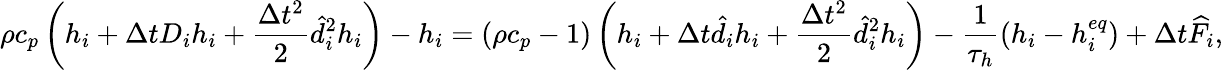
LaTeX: \rho{c_{p}}\left({{h_{i}}+\Delta t{D_{i}}{h_{i}}+\frac{{\Delta{t^{2}}}}{2}\hat{d}_{i}^{2}{h_{i}}}\right)-{h_{i}}=\left({\rho{c_{p}}-1}\right)\left({{h_{i}}+\Delta t{{\hat{d}}_{i}}{h_{i}}+\frac{{\Delta{t^{2}}}}{2}\hat{d}_{i}^{2}{h_{i}}}\right)-\frac{1}{{{\tau_{h}}}}\left({{h_{i}}-h_{i}^{eq}}\right)+\Delta t{\widehat F_{i}},